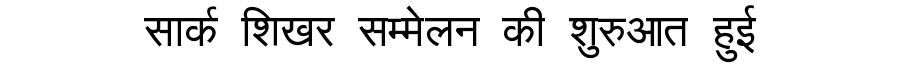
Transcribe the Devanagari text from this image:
सार्क शिखर सम्मेलन की शुरुआत हुई